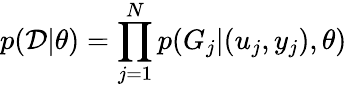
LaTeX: p(\mathcal{D}|\theta)=\prod_{j=1}^{N}p(G_{j}|(u_{j},y_{j}),\theta)